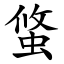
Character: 䖺